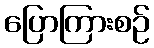
ပြောကြားစဉ်